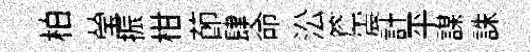
柏瑩振柑莭肆命㳂簷震計平謀誅